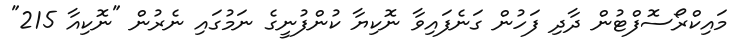
މައިކްރޯސޮފްޓުން ދާދި ފަހުން ގަނެފައިވާ ނޮކިޔާ ކުންފުނީގެ ނަމުގައި ނެރުން "ނޮކިއާ 215"